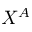
X ^ { A }